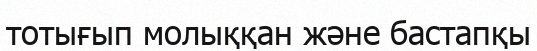
тотығып молыққан және бастапқы